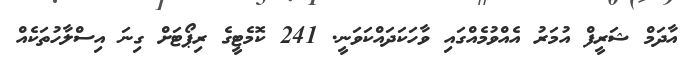
އާދަމް ޝަރީފް އުމަރު އެއްވުމެއްގައި ވާހަކަދައްކަވަނީ. 241 ކޮމެޓީގެ ރިޕޯޓަށް ގިނަ އިސްލާހުތަކެއް